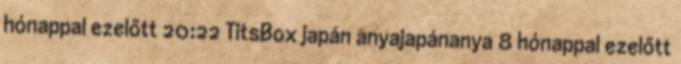
hónappal ezelőtt 20:22 TitsBox japán anyajapánanya 8 hónappal ezelőtt